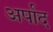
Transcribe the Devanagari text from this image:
अर्पाद